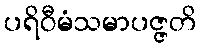
ပရိဝီမံသမာပဇ္ဇတိ